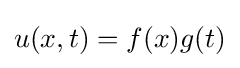
u(x,t)=f(x)g(t)